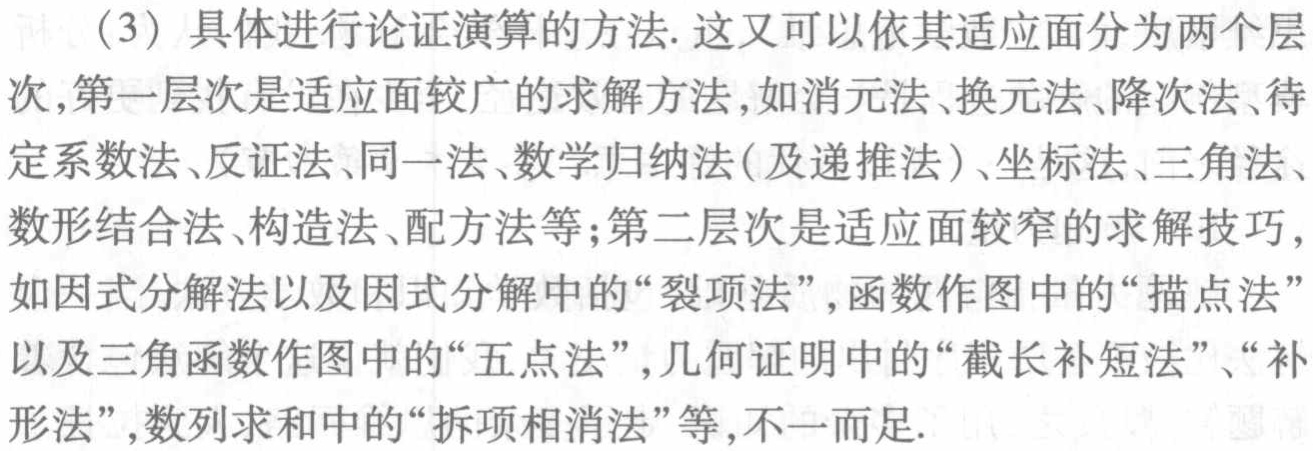
（3）具体进行论证演算的方法. 这又可以依其适应面分为两个层次,第一层次是适应面较广的求解方法,如消元法、换元法、降次法、待定系数法、反证法、同一法、数学归纳法(及递推法)、坐标法、三角法、数形结合法、构造法、配方法等;第二层次是适应面较窄的求解技巧,如因式分解法以及因式分解中的“裂项法”,函数作图中的“描点法”以及三角函数作图中的“五点法”,几何证明中的“截长补短法”、“补形法”,数列求和中的“拆项相消法”等,不一而足.